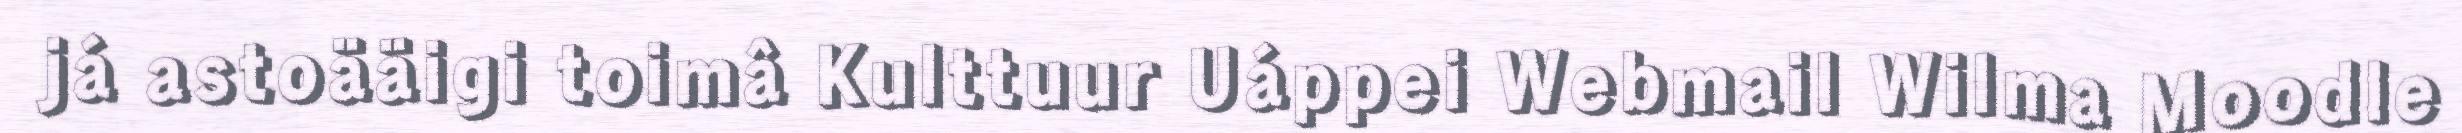
já astoääigi toimâ Kulttuur Uáppei Webmail Wilma Moodle